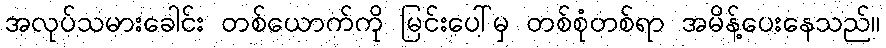
အလုပ်သမားခေါင်း တစ်ယောက်ကို မြင်းပေါ်မှ တစ်စုံတစ်ရာ အမိန့်ပေးနေသည်။